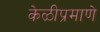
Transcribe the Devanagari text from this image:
केळीप्रमाणे